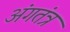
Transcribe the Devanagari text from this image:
अंगतंत्र